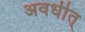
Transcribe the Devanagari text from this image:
अवधीत्‌